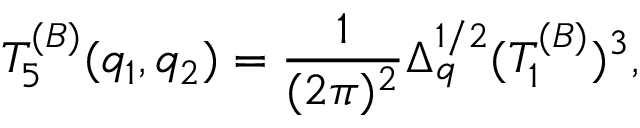
T _ { 5 } ^ { ( B ) } ( q _ { 1 } , q _ { 2 } ) = { \frac { 1 } { ( 2 \pi ) ^ { 2 } } } \Delta _ { q } ^ { 1 / 2 } ( T _ { 1 } ^ { ( B ) } ) ^ { 3 } ,